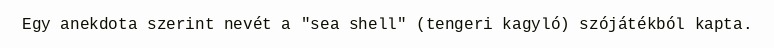
Egy anekdota szerint nevét a "sea shell" (tengeri kagyló) szójátékból kapta.